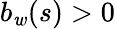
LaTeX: b_{\mathit{w}}(s)>0